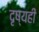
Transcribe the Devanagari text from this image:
दृष्यही